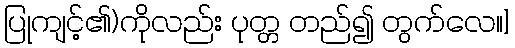
ပြုကျင့်၏)ကိုလည်း ပုတ္တ တည်၍ တွက်လေ။]